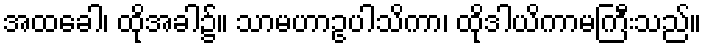
အထခေါ၊ ထိုအခါ၌။ သာမဟာဥပါသိကာ၊ ထိုဒါယိကာမကြီးသည်။